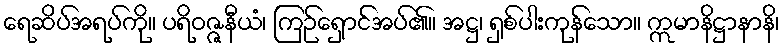
ရေဆိပ်အရပ်ကို။ ပရိဝဇ္ဇနီယံ၊ ကြဉ်ရှောင်အပ်၏။ အဋ္ဌ၊ ရှစ်ပါးကုန်သော။ ဣမာနိဋ္ဌာနာနိ၊